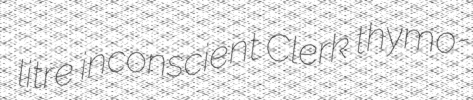
litre inconscient Clerk thymo-